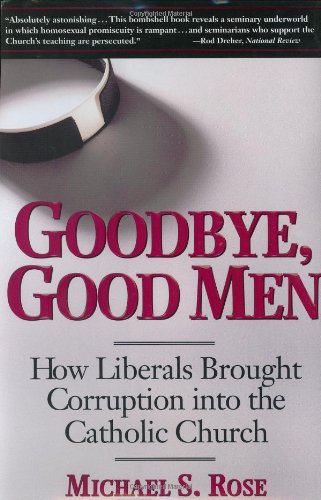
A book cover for Goodbye, Good Men: How Liberals Brought Corruption into the Catholic Church; Michael S. Rose; Christian Books & Bibles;